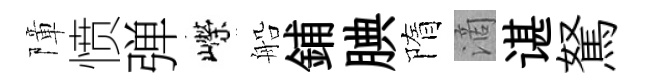
障愤弹嶸船鋪腆隋滴谌駑